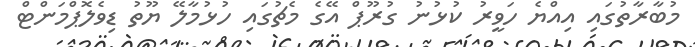
މުބާރާތުގައި އިއްޔެ ހަވީރު ކުޅުނު ގުރޫޕް އޭގެ މެޗުގައި ހުޅުމާލޭ ޔޫތު ޑިވެލޮޕްމަންޓް